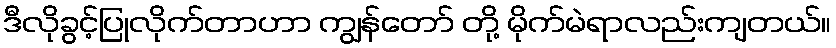
ဒီလိုခွင့်ပြုလိုက်တာဟာ ကျွန်တော် တို့ မိုက်မဲရာလည်းကျတယ်။